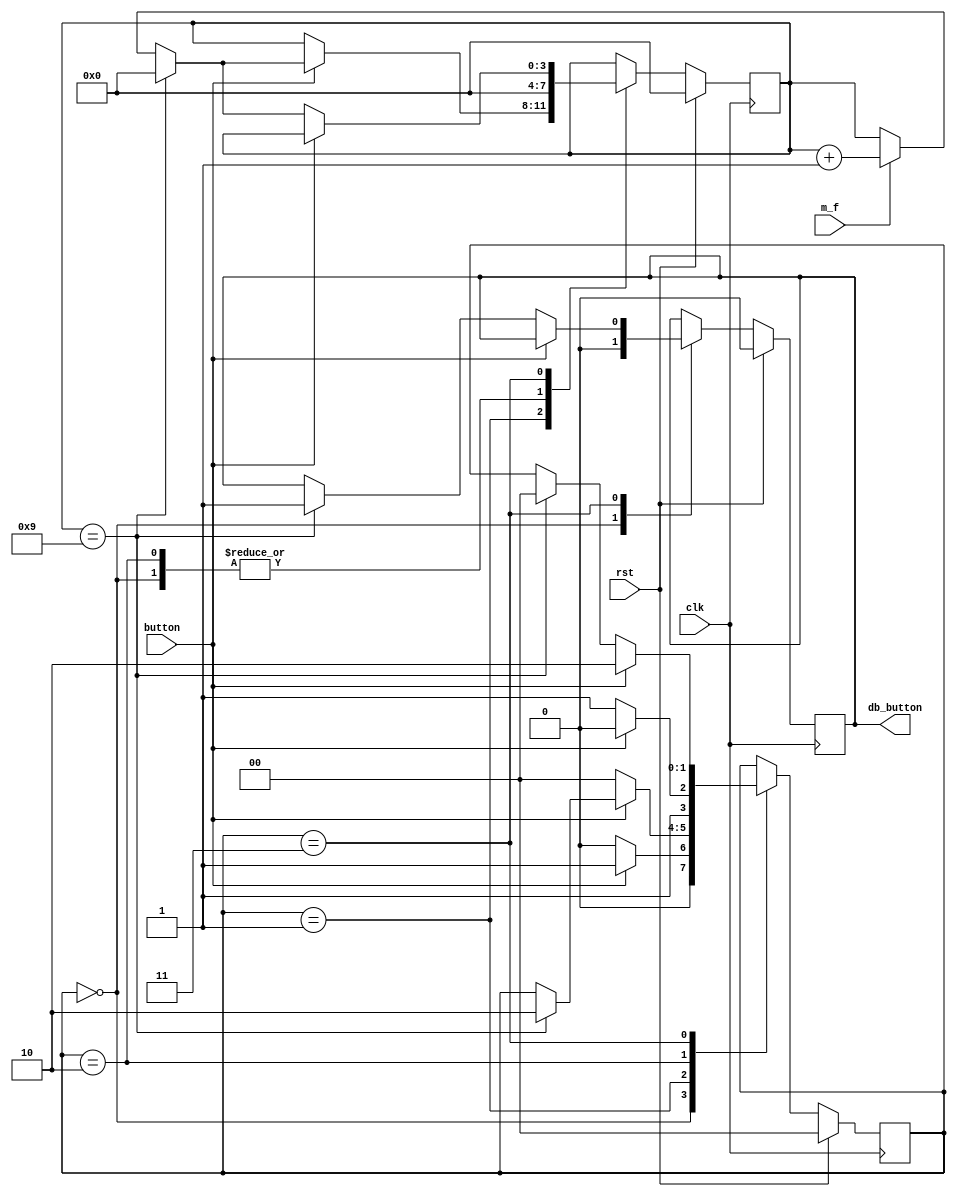
module debounce(
	input clk,
	input rst,
	input m_f,
	input button,
	output reg db_button
);
	reg [1:0] state;
	reg [3:0] counter;
	always@(posedge clk)begin
		if(rst)begin
			state<=0;
			counter<=0;
			db_button<=0;
		end
		else begin
			case(state)
				0:
				begin
					counter<=0;
					db_button<=0;
					if(button)begin
						state<=1;
					end
					else begin
						state<=0;
					end
				end
				1:
				begin
					if(~button)begin
						state<=0;
					end
					else begin
						if(counter == 9)begin
							state<=2;
							counter<=0;
						end
						else if(m_f)begin
							counter<=counter+1;
						end
					end
				end
				2:
				begin
					counter<=0;
					if(~button)begin
						state<=3;
					end
					else begin
						state<=2;
					end
				end
				3:
				begin
					if(button)begin
						state<=2;
					end
					else begin
						if(counter == 9)begin
							state<=0;
							counter<=0;
							db_button<=1;
						end
						else if(m_f)begin
							counter<=counter+1;
						end
					end
				end
			endcase
		end
	end
endmodule